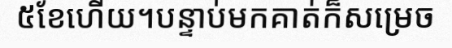
៥ខែហើយ។បន្ទាប់មកគាត់ក៏សម្រេច